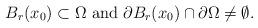
LaTeX: \begin{align*}B_r(x_0)\subset\Omega\mbox{ and }\partial B_r(x_0)\cap \partial \Omega\not=\emptyset. \end{align*}